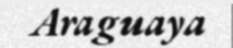
Araguaya